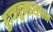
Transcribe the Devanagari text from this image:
हुज्जतुलइस्लाम